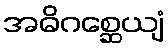
အဓိဂစ္ဆေယျံ